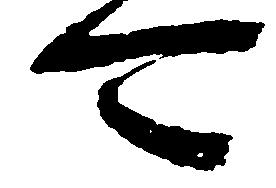
可